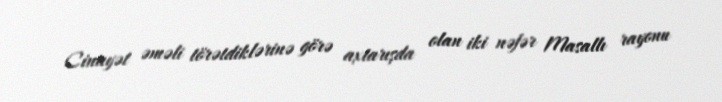
Cinayət əməli törətdiklərinə görə axtarışda olan iki nəfər Masallı rayonu